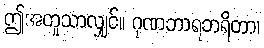
ဤအတူသာလျှင်။ ဂုဏဘာရဘရိတာ၊